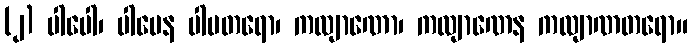
(၂) ပါပေါ၊ ပါပေန ပါပတရော၊ ကလျာဏော၊ ကလျာဏေန ကလျာဏတရော။